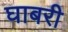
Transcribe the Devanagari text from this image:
घाबरी